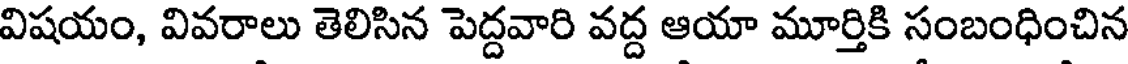
విషయం, వివరాలు తెలిసిన పెద్దవారి వద్ద ఆయా మూర్తికి సంబంధించిన